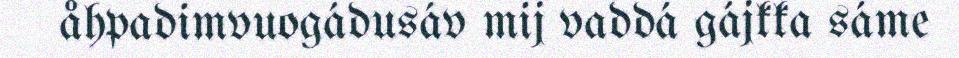
åhpadimvuogádusáv mij vaddá gájkka sáme